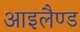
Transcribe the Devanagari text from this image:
आइलैण्‍ड